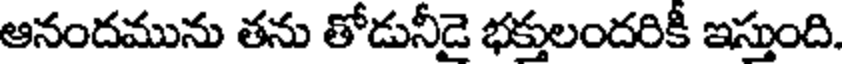
ఆనందమును తను తోడునీడై భక్తులందరికీ ఇస్తుంది.